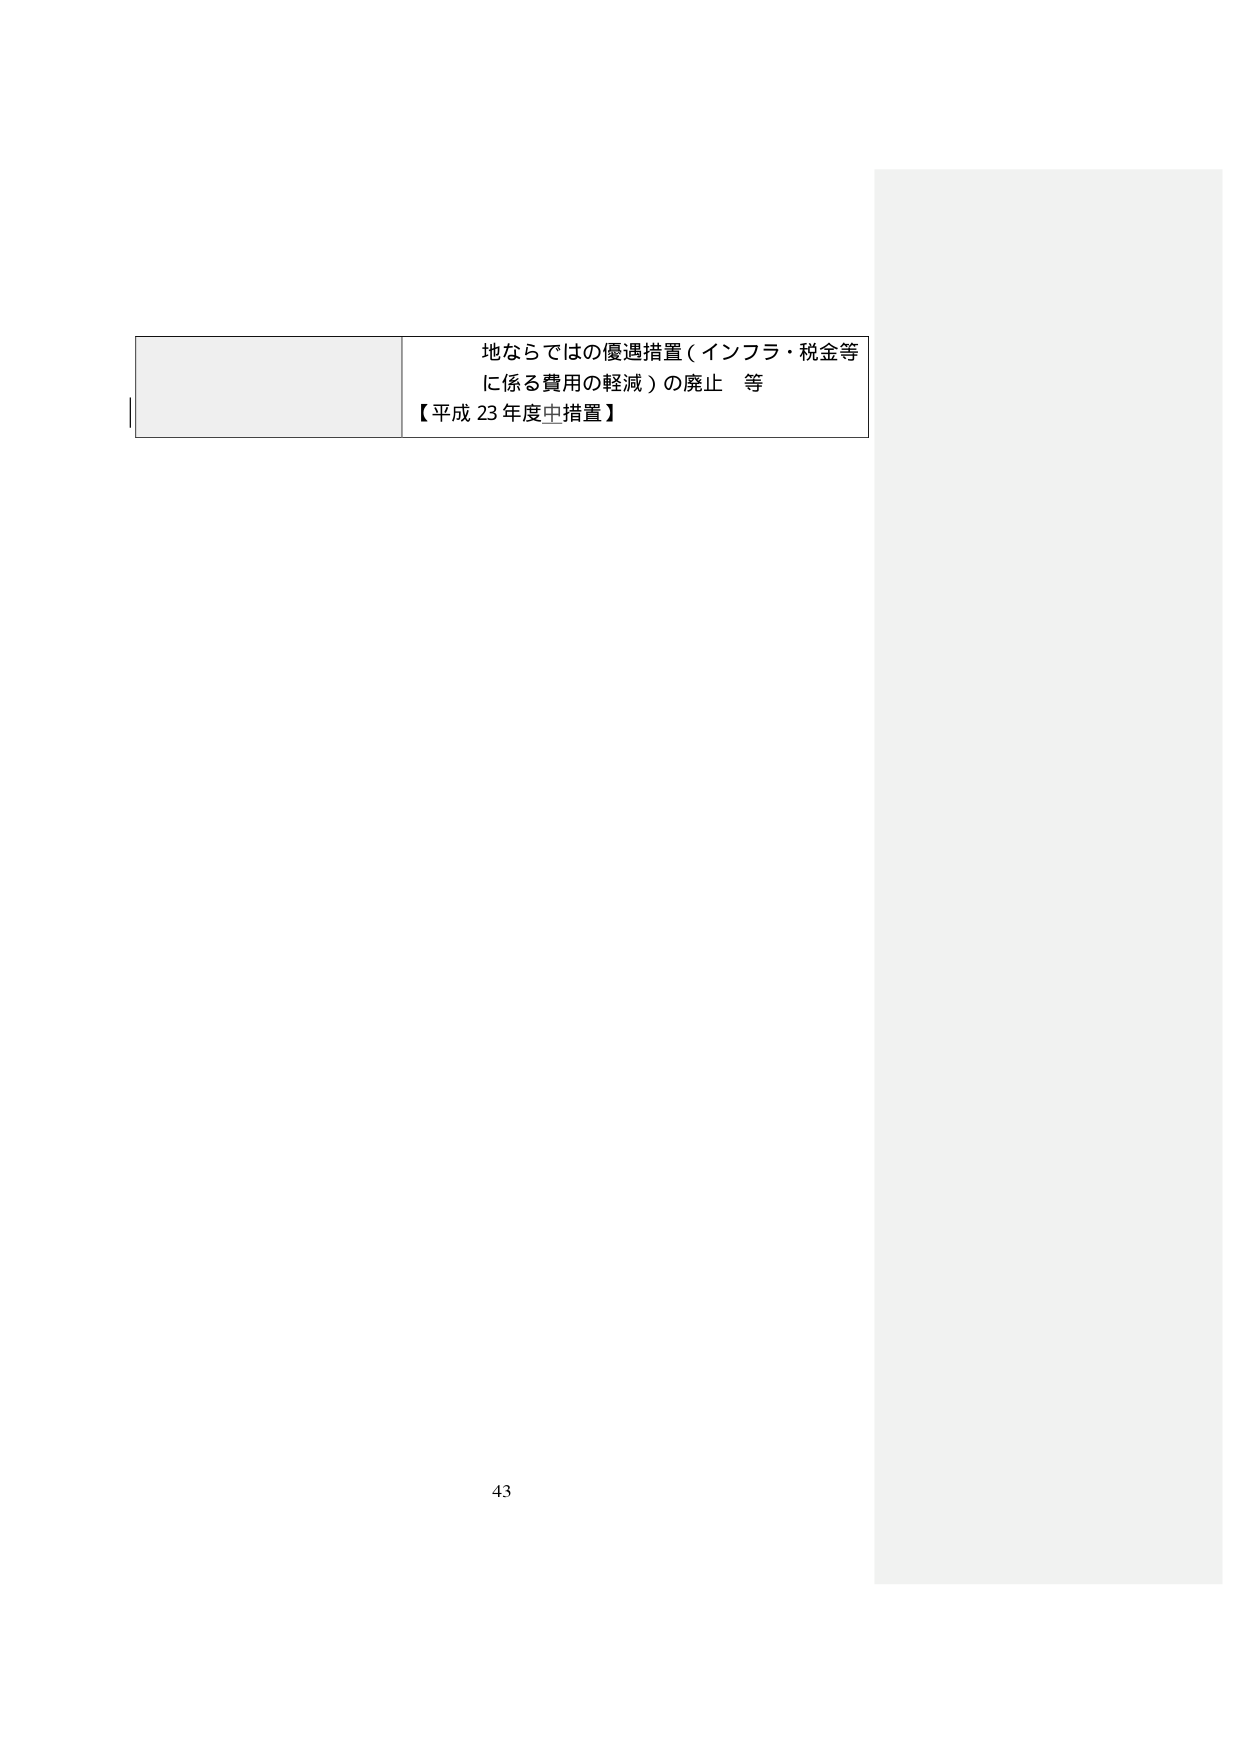
地ならではの優遇措置（インフラ・税金等
に係る費用の軽減）の廃止　等
【平成 23 年度中措置】
43